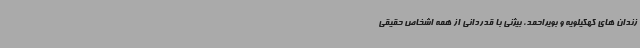
زندان های کهگیلویه و بویراحمد، بیژنی با قدردانی از همه اشخاص حقیقی